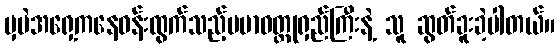
မှပဲအရှေ့ကနေဝန်းထွက်သည့်ပမာဝတ္ထုရှည်ကြီးနဲ့ သူ ဆွတ်ခူးခဲ့ပါတယ်။